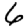
Digit: 6